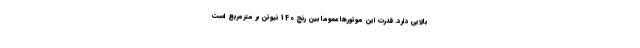
بالایی دارد. قدرت این موتورها عموما بین رنج 140 نیوتن بر مترمربع است